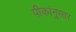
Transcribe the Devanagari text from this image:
पीकांनुसार